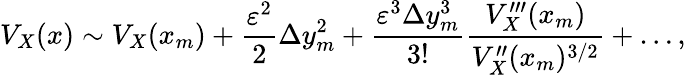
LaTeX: V_{X}(x)\sim V_{X}(x_{m})+\frac{\varepsilon^{2}}{2}\Delta y_{m}^{2}+\frac{\varepsilon^{3}\Delta y_{m}^{3}}{3!}\frac{V_{X}^{\prime\prime\prime}(x_{m})}{V_{X}^{\prime\prime}(x_{m})^{3/2}}+\ldots,